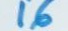
16